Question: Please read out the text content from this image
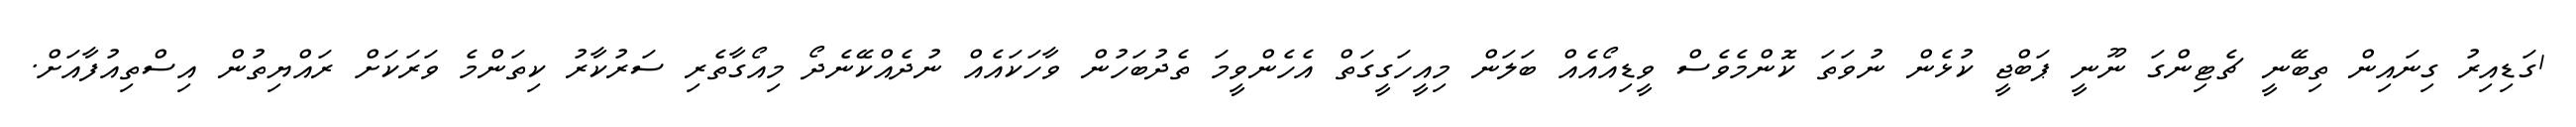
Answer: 1ގަޑިއިރު ގިނައިން ތިބޭނީ ޗެޓިންގަ ނޫނީ ޕަބްޖީ ކުޅެން ނުވަތަ ކޮންމެވެސް ވީޑިއޯއެއް ބަލަން މިއީހަގީގަތް އެހެންވީމަ ތެދުބަހުން ވާހަކައެއް ނުދެއްކޭނެދޯ މިއޯގާތެރި ސަރުކާރު ކިތަންމެ ވަރަކަށް ރައްޔިތުން އިސްތިއުފާއަށް.